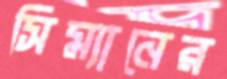
সিম্যানের